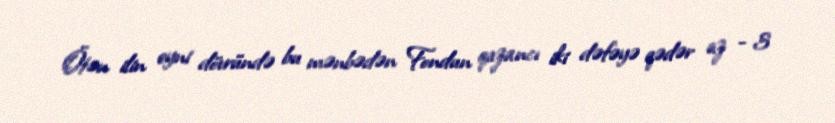
Ötən ilin eyni dövründə bu mənbədən Fondun qazancı iki dəfəyə qədər az - 3